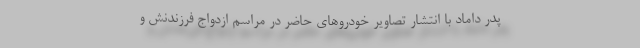
پدر داماد با انتشار تصاویر خودروهای حاضر در مراسم ازدواج فرزندنش و